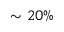
\sim 2 0 \%